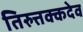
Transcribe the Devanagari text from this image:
तिरुत्तक्कदेव